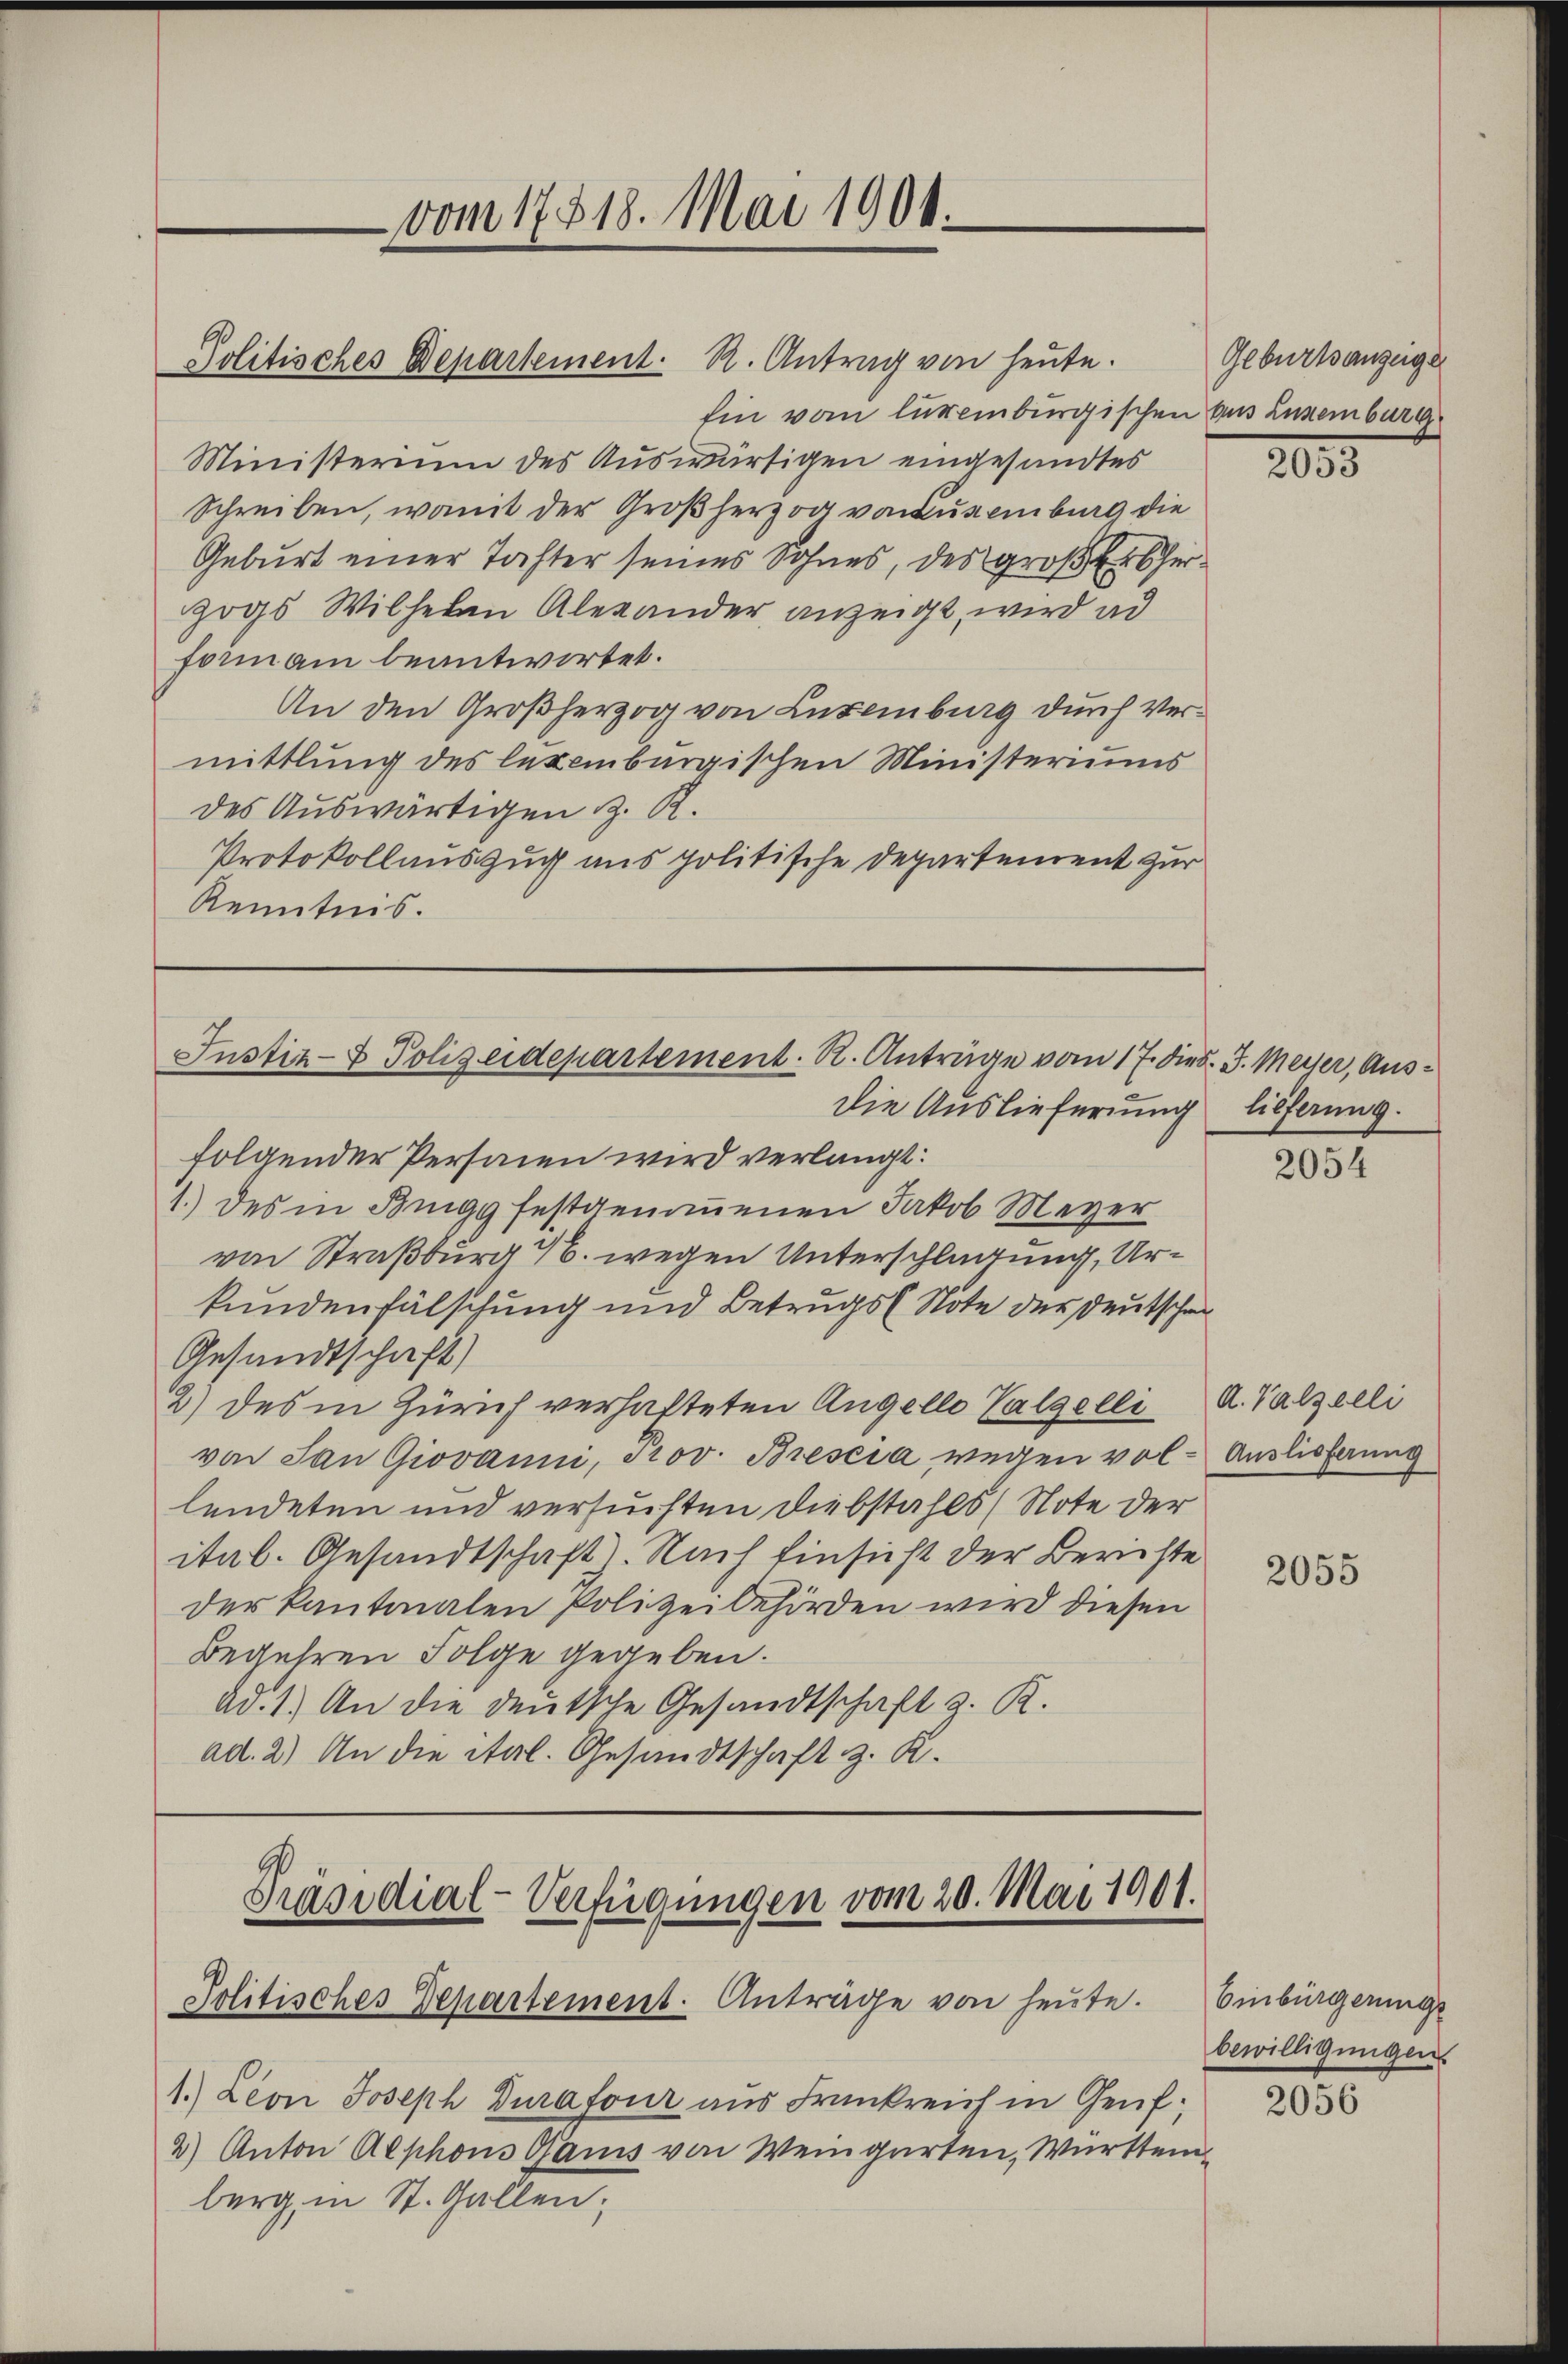
vom 17518. Mai 1901.

Politisches Departement. R. Antrag von heute.
Ein vom lüreinburgischen aus Luxenburg
Ministerium des Auswürtigen eingesandtes
Schreiben, womit der Großherzog von Luxenburg die
Geburt einer Tochter seines Sohnes, des groß Er herzogs Wilhelm Alexander anzeigt, wird ad
formann beantwortet.
An den Großherzog von Luxenburg durch Vermittlung des lezembergischen Ministeriums
des Auswärtigen z. R.
Protokollauszug aus politische Departement zur
Kenntnis.

Justiz- & Polizeidepartement. R. Anträge vom 17. Diet. J. Meyer, Aus¬
Die Auslieferung lieferung.

folgender Personen wird verlangt:
1.) des in Bnigg festgenoṁenen Jakob Meyer
von Straßburg 76. wegen Unterschlagung, Urkundenfälschung und Betrugs (Note der Deutschen
Gesandtschaft)
2) des in Zürich verhafteten Angello Valgelli
von San Giovanni, Prov. Brescia wegen vollendeten und versuchten Diebstahls (Note der
ital. Gesandtschaft. Nach Einsicht der Berichte
der kantonalen Polizeibehörden wird diesen
begehren Folge gegeben.
ad. 1.) An die deutsche Gesandtschaft z. R.
ad. 2.) An die ital. Gesandtschaft z. R.

Präsidial-Verfügungen vom 20. Mai 1901.
Politisches Departement. Anträge von heute. Einbürgerungs

1.) Leon Joseph Durafour aus Frankreich in Genf;
2) Anton Alphons Ganis von Weingarten, Württemberg, in St. Gallen;

Geburtsanzeiger

2035

2054

A. Palzelli
Auslieferung

2055

bewilligungen
2056